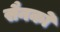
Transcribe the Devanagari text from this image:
सैनको